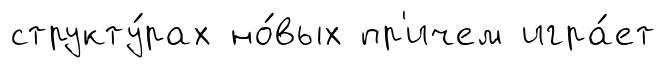
структу́рах но́вых пр'ичем игра́ет